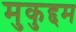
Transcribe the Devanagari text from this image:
मुकुद्दम